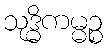
သုဒ္ဓိကမ္မဉ္စ